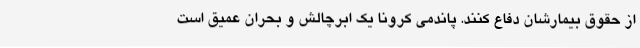
از حقوق بیمارشان دفاع کنند. پاندمی کرونا یک ابرچالش و بحران عمیق است